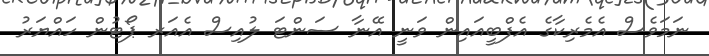
ނަމަވެސް އެމެރިކާގެ އެފްބީއައިން ވަނީ އޭނާ ސަންޓަ ލުއިސް އެއަރ ޕޯޓުން ހައްޔަރު